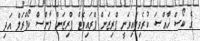
ގެ ކޯސް ޚާއްޞަ ކުރެވިފައިވަނީ ޕްރިޒަން ޕްރައިވެޓް ޕްރިޒަން ލާންސް ކޯޕްރަލް އަދި